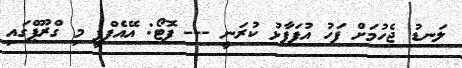
ލަނޑު ޖެހުމަށް ފަހު އުފަފާޅު ކުރަނީ --- ފޮޓޯ: އޭއެފްޕީ މި ގްރޫޕްގައި